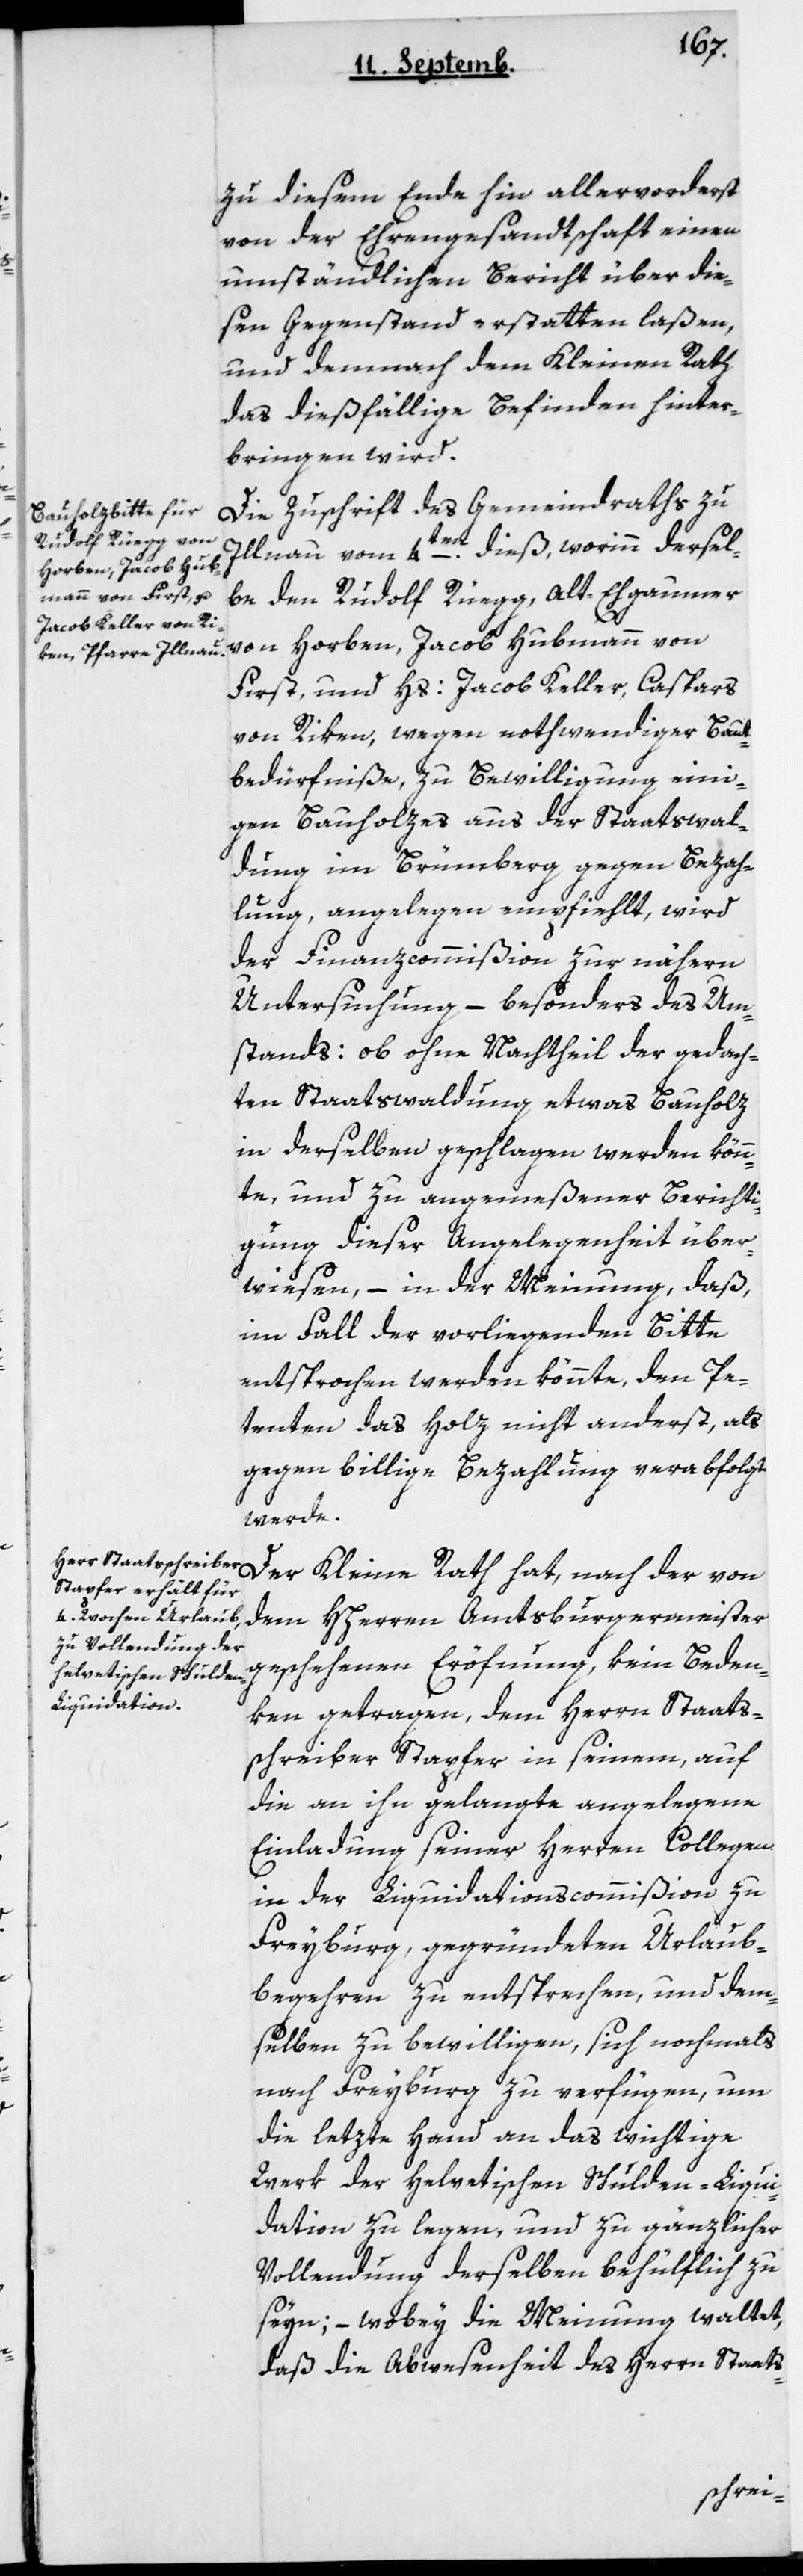
zu diesem Ende hin allervorderst
von der Ehrengesandtschaft einen
umständlichen Bericht über die¬
sen Gegenstand erstatten laßen,
und demnach dem Kleinen Rath
das dießfällige Befinden hinter¬
bringen wird.
Die Zuschrift des Gemeindraths zu
Illnau vom 4ten dieß, worinn dersel¬
be den Rudolf Rüegg, alt Ehgaumer
von Horben, Jacob Hubmann von
First, und Hs. Jacob Keller, Caspars
von Riken, wegen nothwendiger Bau¬
bedürfniße, zu Bewilligung eini¬
gen Bauholzes aus der Staatswal¬
dung im Brümberg gegen Bezah¬
lung, angelegen empfiehlt, wird
der Finanzcommißion zur nähern
Untersuchung, – besonders des Um¬
stands: ob ohne Nachtheil der gedach¬
ten Staatswaldung etwas Bauholz
in derselben geschlagen werden könn¬
te, und zu angemeßener Berichti¬
gung dieser Angelegenheit über¬
wiesen, – in der Meinung, daß
im Fall der vorliegenden Bitte
entsprochen werden könnte, den Pe¬
tenten das Holz nicht anderst, als
gegen billige Bezahlung verabfolgt
werde.
Der Kleine Rath hat, nach der von
dem HHerrn Amtsburgermeister
geschehenen Eröfnung, kein Beden¬
ken getragen, dem Herrn Staats¬
schreiber Stapfer in seinem, auf
die an ihn gelangte angelegene
Einladung seiner Herren Collegen
in der Liquidationscommißion zu
Freyburg, gegründeten Urlaub¬
begehren zu entsprechen, und dem¬
selben zu bewilligen, sich nochmals
nach Freiburg zu verfügen, um
die letzte Hand an das wichtige
Werk der helvetischen Schulden-Liqui¬
dation zu legen, und zu gänzlicher
Vollendung derselben behülflich zu
seyn; – wobey die Meinung waltet,
daß die Abwesenheit des Herrn Staats-